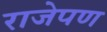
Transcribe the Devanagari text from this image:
राजेपण